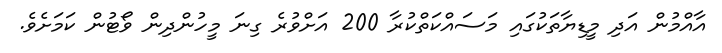
އާއްމުން އަދި މީޑިޔާތަކުގައި މަސައްކަތްކުރާ 200 އަށްވުރެ ގިނަ މީހުންދިން ވޯޓުން ކަމަށެވެ.